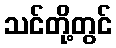
သင်တို့တွင်